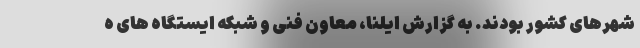
شهرهای کشور بودند. به گزارش ایلنا، معاون فنی و شبکه ایستگاه های ه